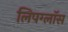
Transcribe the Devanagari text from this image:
लिपग्लॉस